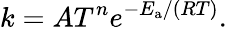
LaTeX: k=AT^{n}e^{-E_{\mathrm{{a}}}/(RT)}.